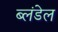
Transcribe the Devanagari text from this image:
ब्लंडेल